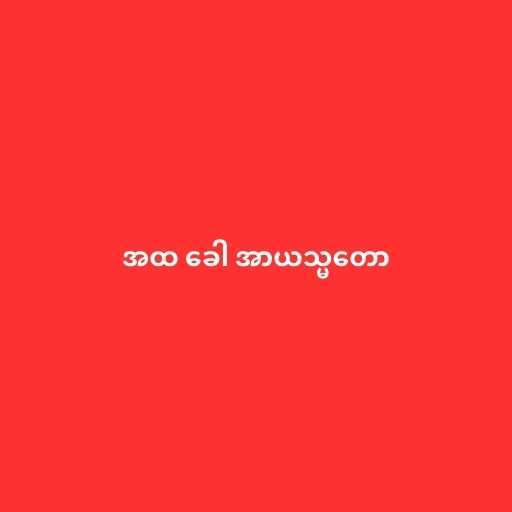
အထ ခေါ အာယသ္မတော